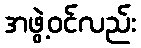
အဖွဲ့ဝင်လည်း